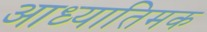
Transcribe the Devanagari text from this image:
आध्यातिमक